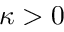
\kappa > 0